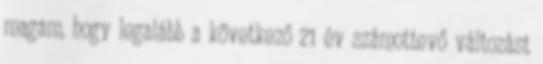
magam, hogy legalább a következő 21 év számottevő változást